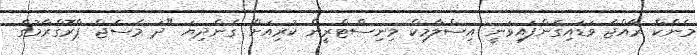
މެންކް ރާއްޖެ ވަޑައިގެންފައިވަނީ އިސްލާމިކް މިނިސްޓްރީން ކުރިއަށް ގެންދިޔަ "ދަ މެސެޖް ޕްރޮގްރާމުގެ